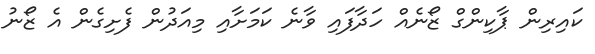
ކައިރިން ޕާކިންގް ޒޯނެއް ހަދާފައި ވާނެ ކަމަށާއި މިއަދުން ފެށިގެން އެ ޒޯނު